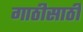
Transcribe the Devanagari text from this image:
गाठीसाठी